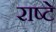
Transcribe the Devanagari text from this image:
राष्टे